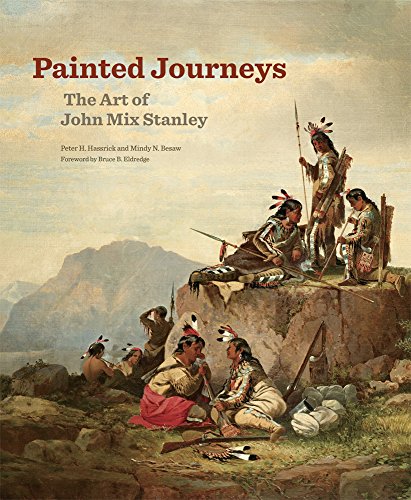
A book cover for Painted Journeys: The Art of John Mix Stanley (The Charles M. Russell Center Series on Art and Photography of the American West); Peter H. Hassrick; Arts & Photography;